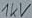
Text: 1kV